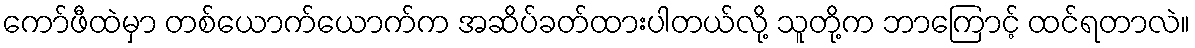
ကော်ဖီထဲမှာ တစ်ယောက်ယောက်က အဆိပ်ခတ်ထားပါတယ်လို့ သူတို့က ဘာကြောင့် ထင်ရတာလဲ။